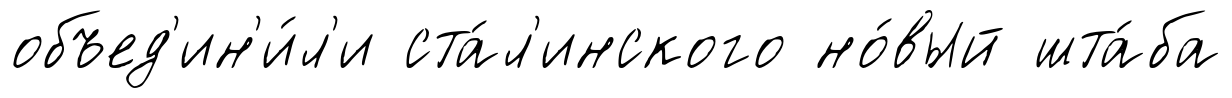
объед'ин'и́л'и ста́л'инского но́вый шта́ба